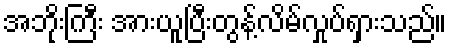
အဘိုးကြီး အားယူပြီးတွန့်လိမ်လှုပ်ရှားသည်။